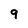
Character: 9